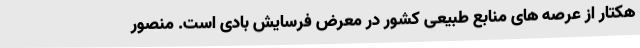
هکتار از عرصه های منابع طبیعی کشور در معرض فرسایش بادی است. منصور